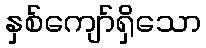
နှစ်ကျော်ရှိသော